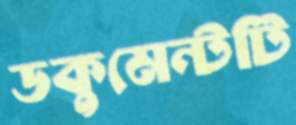
ডকুমেন্টটি